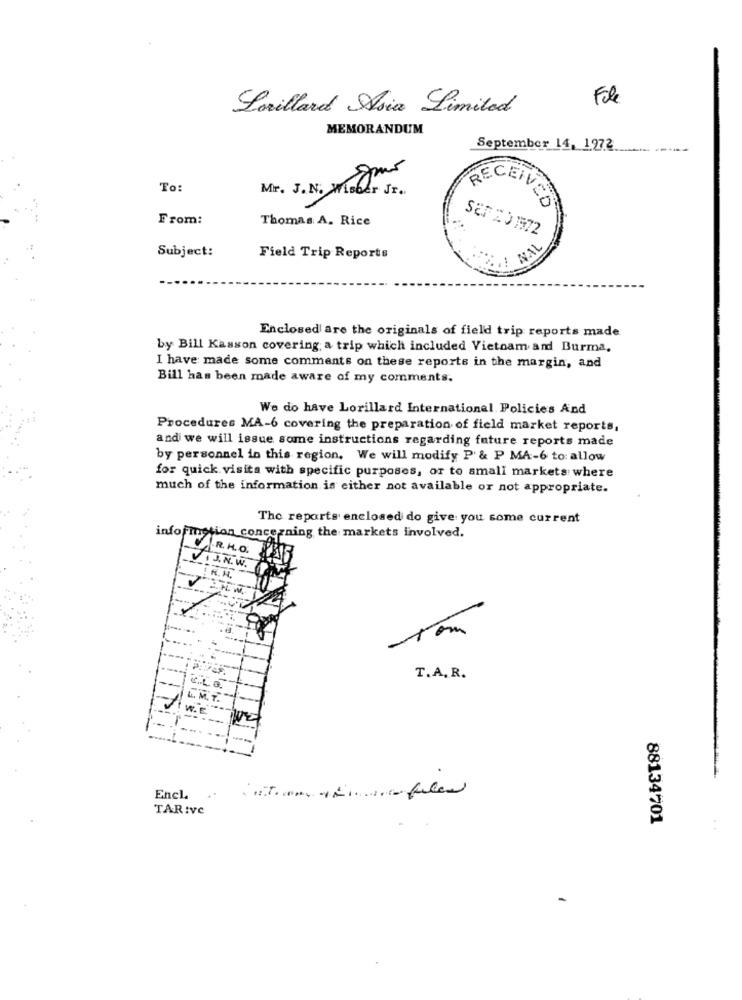
File
Lorillard Asia Limited
MEMORANDUM
September 14, 1972
To:
Mr. J.N. m
RECEIVED
From:
Thomas A. Rice
SEFXDI72
Subject:
NAL
Field Trip Reports
Enclosed are the originals of field trip reports made
by Bill Kasson covering; a trip which included Vietnam and Burma,
I have made some comments on these reports in the margin, and
Bill has been made aware of my comments.
We do have Lorillard International Policies And
Procedures MA-6 covering the preparation of field market reports,
and we will issue some instructions regarding future reports made
by personnel in this region. We will modify P & P MA-6 to: allow
for quick visita with specific purposes, or to small markets where
much of the information is either not available or not appropriate.
The reports enclosed do give you some current
information concerning the markets involved.
.R. H.O.
VI J.N. W.
R.H.
T.A. R.
Encl.
TAR:ve
88134701
-